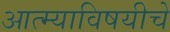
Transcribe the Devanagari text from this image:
आत्म्याविषयीचे